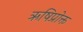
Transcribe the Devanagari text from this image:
ऋषिप्रोक्त